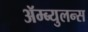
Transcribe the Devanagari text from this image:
ॲम्ब्युलन्स